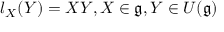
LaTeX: l _ { X } ( Y ) = X Y , X \in { \mathfrak { g } } , Y \in U ( { \mathfrak { g } } )